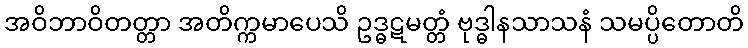
အဝိဘာဝိတတ္တာ အတိက္ကမာပေသိ ဥဒ္ဓဋမတ္တံ ဗုဒ္ဓါနသာသနံ သမပ္ပိတောတိ